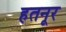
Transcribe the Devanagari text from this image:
हतनूर